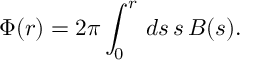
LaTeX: \Phi ( r ) = 2 \pi \int _ { 0 } ^ { r } \, d s \, s \, B ( s ) .